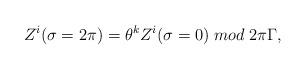
LaTeX: \begin{align*}Z^{i}(\sigma = 2 \pi) = {{\theta}^{k}}Z^{i}(\sigma = 0)\; mod\;2 \pi \Gamma,\end{align*}